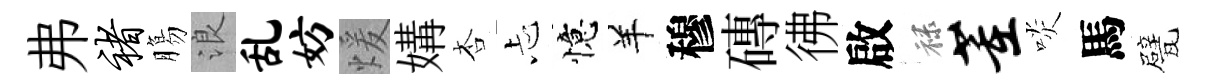
弗褚膓浪乱妨煖媾杏忐憶羊穆磚彿啟禄董啖馬甓